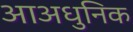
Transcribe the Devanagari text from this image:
आअधुनिक